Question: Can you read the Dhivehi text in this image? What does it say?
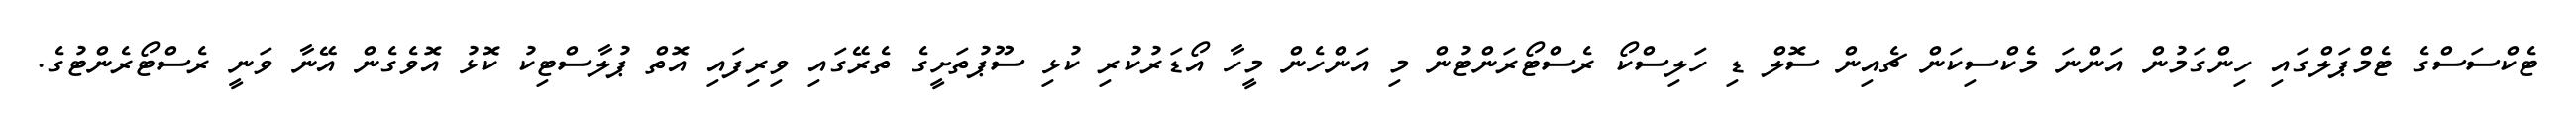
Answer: ޓެކްސަސްގެ ޓެމްޕަލްގައި ހިންގަމުން އަންނަ މެކްސިކަން ޗެއިން ސޮލް ޑި ހަލިސްކޯ ރެސްޓޯރަންޓުން މި އަންހެން މީހާ އޯޑަރުކުރި ކުޅި ސޫޕުތަށީގެ ތެރޭގައި ވިރިފައި އޮތް ޕުލާސްޓިކު ކޮޅު އޮވެގެން އޭނާ ވަނީ ރެސްޓޯރެންޓުގެ.